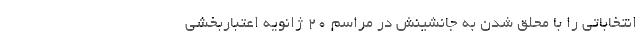
انتخاباتی را با محلق شدن به جانشینش در مراسم ۲۰ ژانویه اعتباربخشی